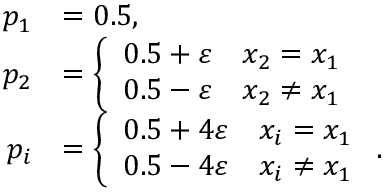
\begin{array} { r l } { p _ { 1 } } & { = 0 . 5 , } \\ { \ p _ { 2 } } & { = \left\{ \begin{array} { c c } { 0 . 5 + \varepsilon } & { x _ { 2 } = x _ { 1 } } \\ { 0 . 5 - \varepsilon } & { x _ { 2 } \neq x _ { 1 } } \end{array} \right. } \\ { \ \ p _ { i } } & { = \left\{ \begin{array} { c c } { 0 . 5 + 4 \varepsilon } & { x _ { i } = x _ { 1 } } \\ { 0 . 5 - 4 \varepsilon } & { x _ { i } \neq x _ { 1 } } \end{array} \right. . } \end{array}